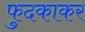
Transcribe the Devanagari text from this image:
फुदकाकर